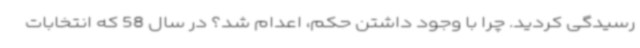
رسیدگی کردید. چرا با وجود داشتن حکم، اعدام شد؟ در سال 58 که انتخابات